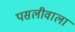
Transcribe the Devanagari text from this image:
पसलीवाला